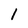
Character: l